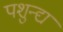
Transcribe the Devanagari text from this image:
पशुन्द्य